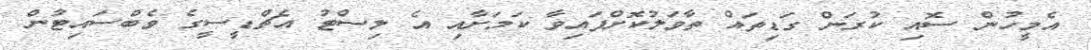
އެމީހުން ސޮއި ކުރަން ގަޑިތައް ތާވަލުކޮށްފައިވާ ކަމަށާއި އެ ލިސްޓު އެޗްޑީސީގެ ވެބްސައިޓުން